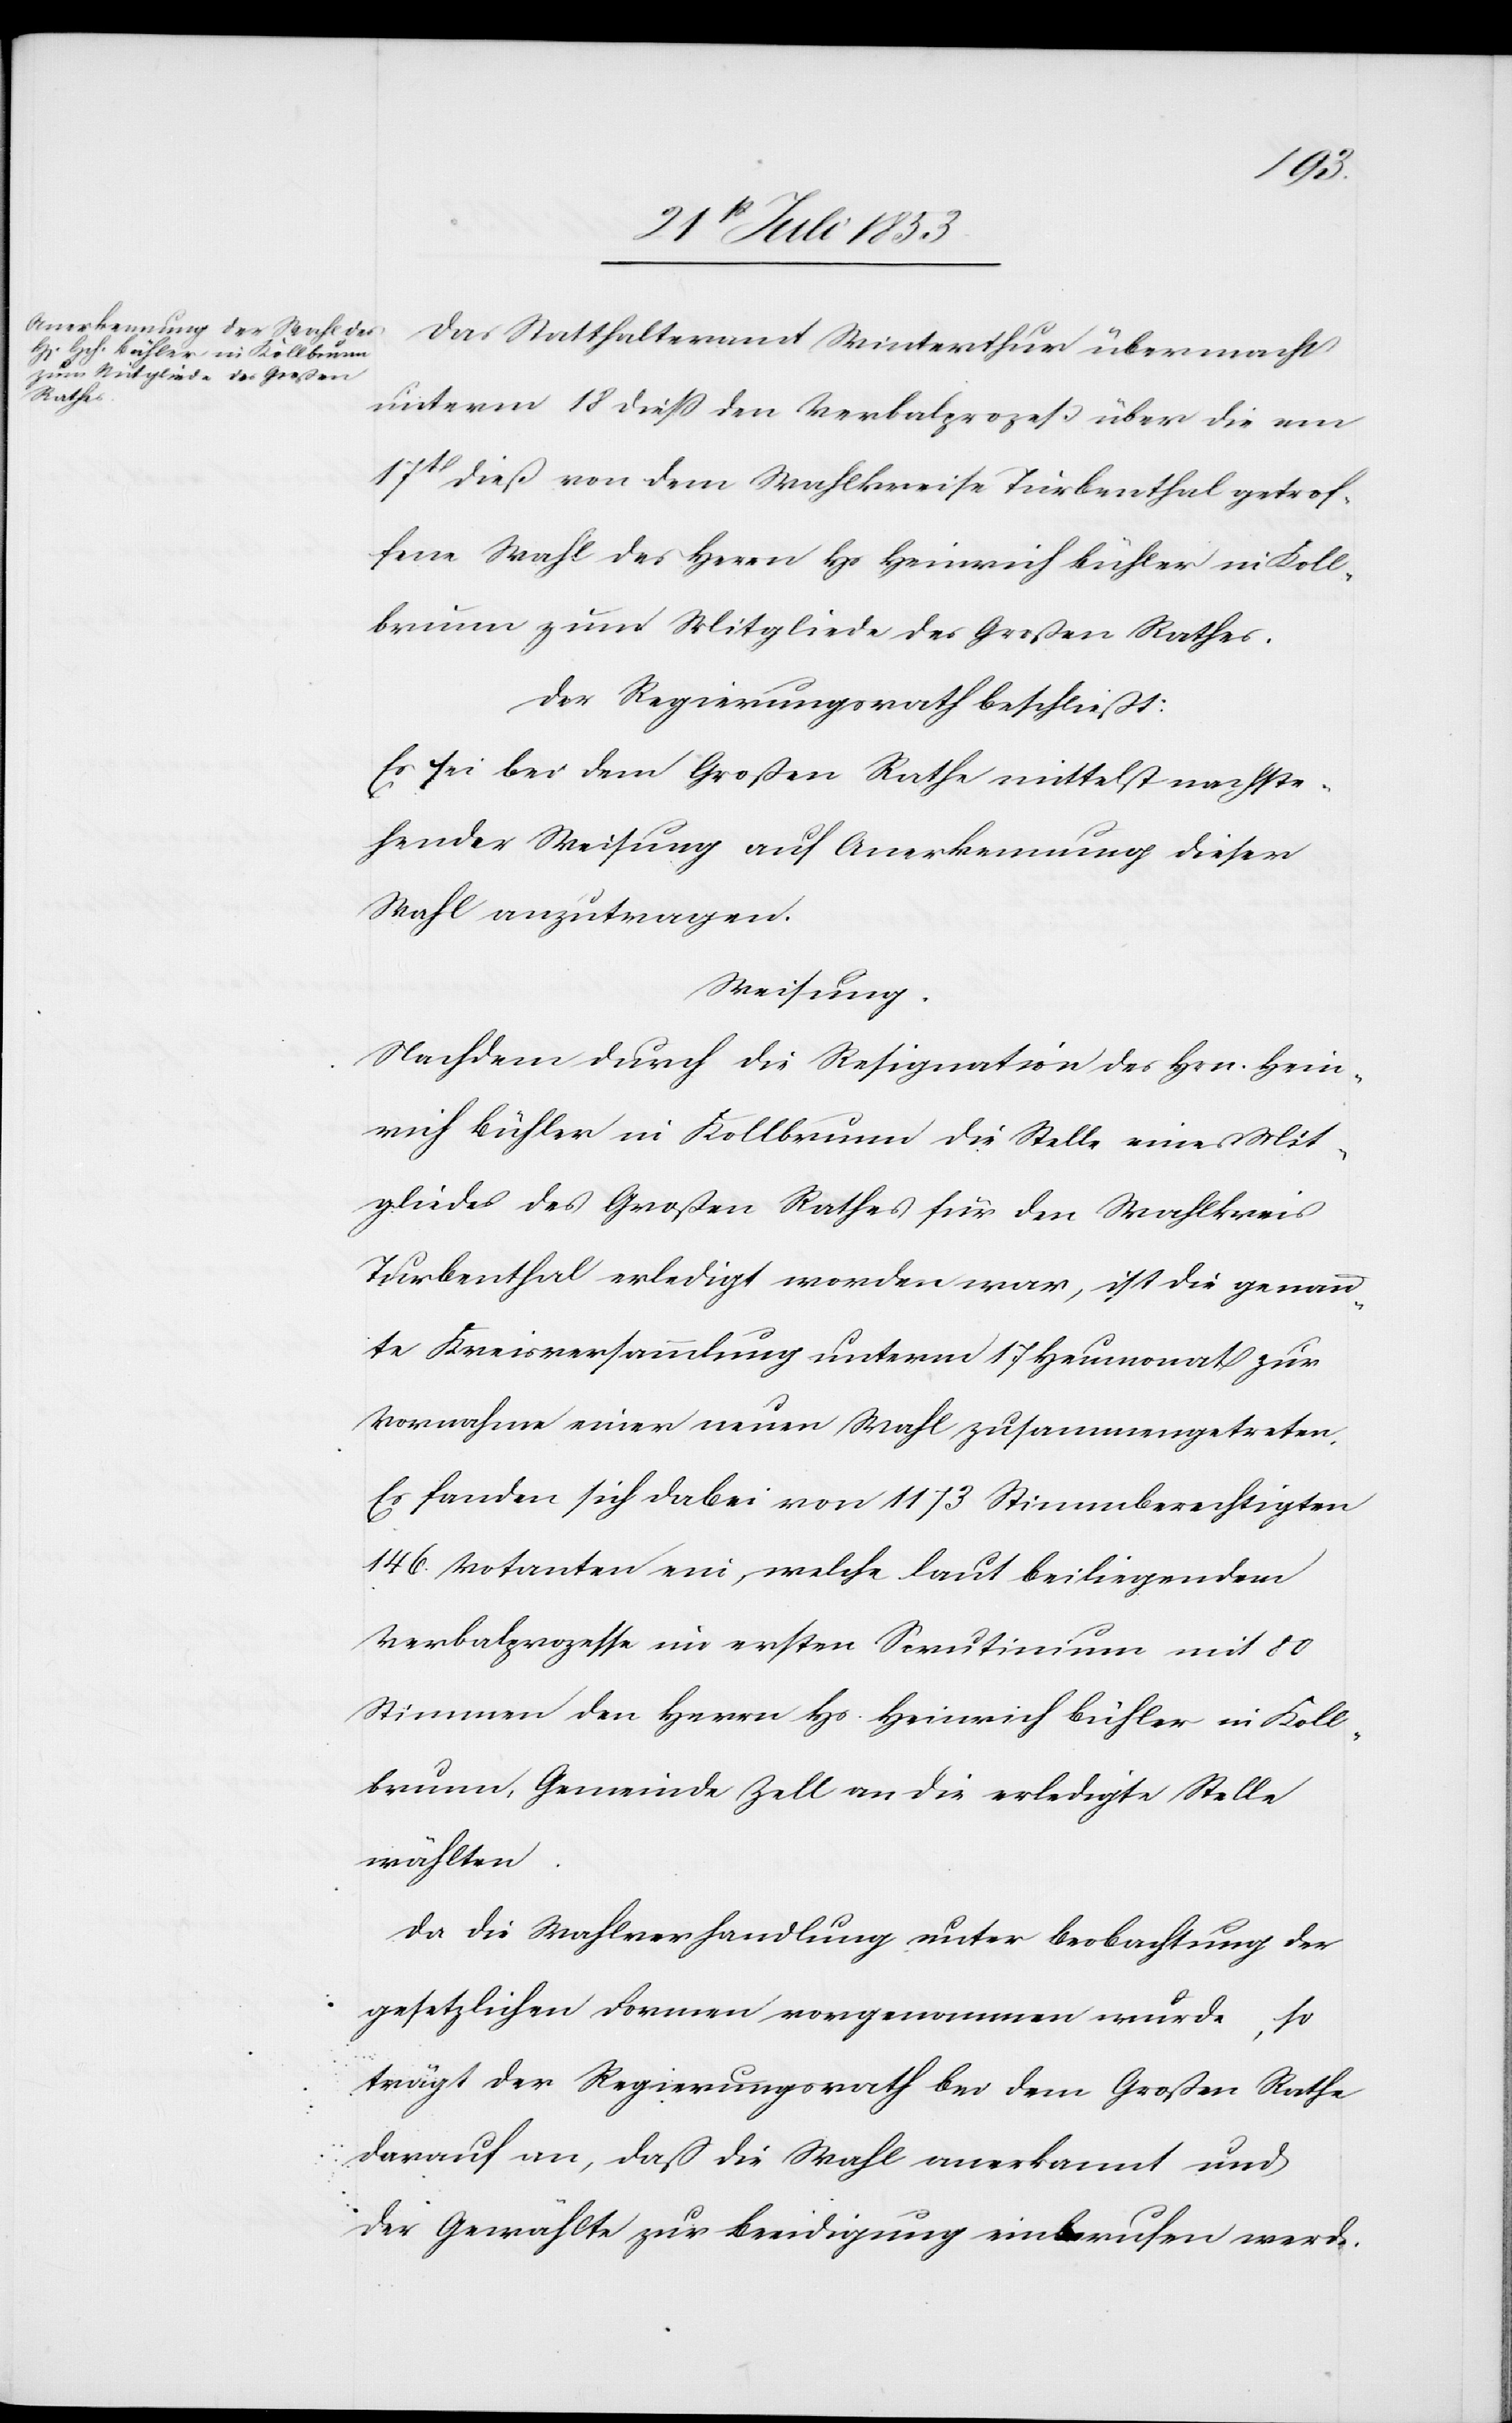
Das Statthalteramt Winterthur übermacht
unterm 18 dieß den Verbalprozeß über die am
17t dieß von dem Wahlkreise Turbenthal getrof¬
fene Wahl des Herrn Hs Heinrich Bühler in Koll¬
brunn zum Mitgliede des Großen Rathes.
Der Regierungsrath beschließt:
Es sei bei dem Großen Rathe mittelst nachste¬
hender Weisung auf Anerkennung dieser
Wahl anzutragen.
Weisung.
Nachdem durch die Resignation des Hrn. Hein¬
rich Bühler in Kollbrunn die Stelle eines Mit¬
gliedes des Großen Rathes für den Wahlkreis
Turbenthal erledigt worden war, ist die genann¬
te Kreisversammlung unterm 17 Heumonat zur
Vornahme einer neuen Wahl zusammengetreten.
Es fanden sich dabei von 1173 Stimmberechtigten
146 Votanten ein, welche laut beiliegendem
Verbalprozesse im ersten Scrutinium mit 80
Stimmen den Herrn Hs. Heinrich Bühler in Koll¬
brunn, Gemeinde Zell an die erledigte Stelle
wählten.
Da die Wahlverhandlung unter Beobachtung der
gesetzlichen Formen vorgenommen wurde,
so
trägt der Regierungsrath bei dem Großen Rathe
darauf an, daß die Wahl anerkannt und
der Gewählte zur Beeidigung einberufen werde.